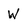
Character: W